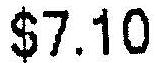
$7.10